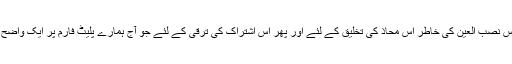
اس دن کو قریب لانے کے لئے اس نصب العین کی خاطر اس محاذ کی تخلیق کے لئے اور پھر اس اشتراک کی ترقی کے لئے جو آج ہمارے پلیٹ فارم پر ایک واضح، عملی صورت میں جلوہ گر ہے۔